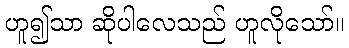
ဟူ၍သာ ဆိုပါလေသည် ဟူလိုသော်။